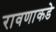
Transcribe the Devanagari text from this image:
रावणाकडे